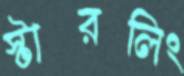
স্টারলিং